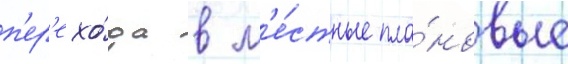
п'ер'ехо́да в м'е́стные пла́новые